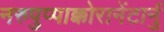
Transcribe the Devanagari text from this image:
नरुपुप्पाक्कोरानेंटार्नु